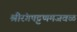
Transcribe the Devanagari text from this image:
श्रीरंगपट्टणमजवळ